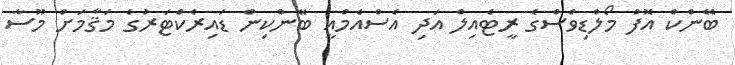
ބޭންކް އޮފް މޯލްޑިވްސްގެ ރީޓެއިލް އަދި އެސްއެމްއީ ބޭންކިން ޑައިރެކްޓަރުގެ މަޤާމަށް މޫސާ